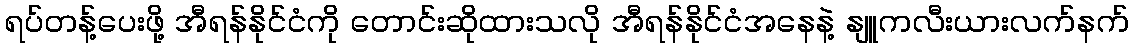
ရပ်တန့်ပေးဖို့ အီရန်နိုင်ငံကို တောင်းဆိုထားသလို အီရန်နိုင်ငံအနေနဲ့ နျူကလီးယားလက်နက်